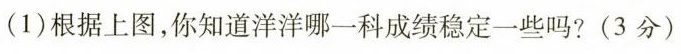
(1)根据上图，你知道洋洋哪一科成绩稳定一些吗?(3分)